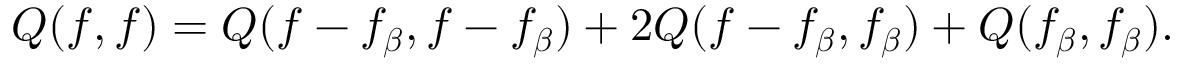
Q ( f , f ) = Q ( f - f _ { \boldsymbol { \beta } } , f - f _ { \boldsymbol { \beta } } ) + 2 Q ( f - f _ { \boldsymbol { \beta } } , f _ { \boldsymbol { \beta } } ) + Q ( f _ { \boldsymbol { \beta } } , f _ { \boldsymbol { \beta } } ) .